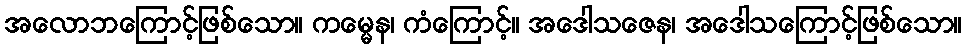
အလောဘကြောင့်ဖြစ်သော။ ကမ္မေန၊ ကံကြောင့်။ အဒေါသဇေန၊ အဒေါသကြောင့်ဖြစ်သော။